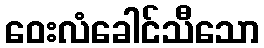
ဝေးလံခေါင်သီသော